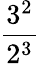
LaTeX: \frac{3^{2}}{2^{3}}